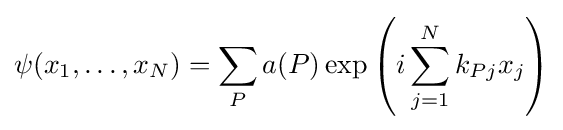
\psi (x_{1},\dots ,x_{N})=\sum _{P}a(P)\exp \left(i\sum _{j=1}^{N}k_{Pj}x_{j}\right)